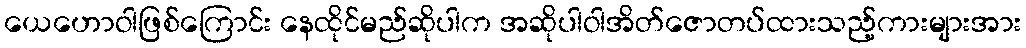
ယေဟောဝါဖြစ်ကြောင်း နေထိုင်မည်ဆိုပါက အဆိုပါဝါအိတ်ဇောတပ်ထားသည့်ကားများအား